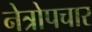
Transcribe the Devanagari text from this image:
नेत्रोपचार